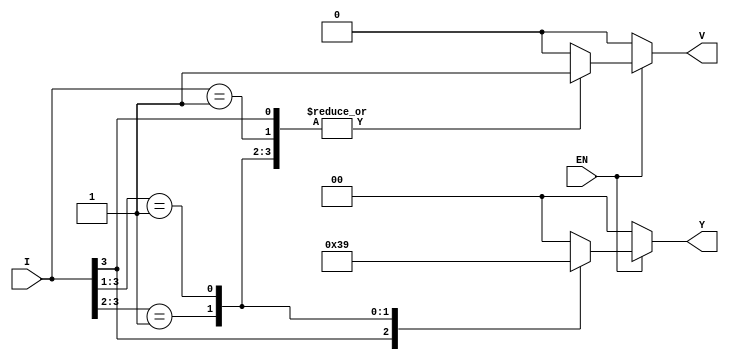
module priority_encoder (
    input wire [3:0] I,    // 4 input lines
    input wire EN,         // Enable signal
    output reg [1:0] Y,    // 2-bit output for the index of the highest priority input
    output reg V           // Valid output signal
);

    always @(*) begin
        if (!EN) begin
            Y = 2'b00;      // Default output when not enabled
            V = 1'b0;       // Invalid output
        end else begin
            casez (I)       // Use casez to handle don't care conditions
                4'b1??? : begin Y = 2'b11; V = 1'b1; end // I3 is active
                4'b01?? : begin Y = 2'b10; V = 1'b1; end // I2 is active
                4'b001? : begin Y = 2'b01; V = 1'b1; end // I1 is active
                4'b0001 : begin Y = 2'b00; V = 1'b1; end // I0 is active
                default : begin Y = 2'b00; V = 1'b0; end // No active inputs
            endcase
        end
    end

endmodule